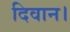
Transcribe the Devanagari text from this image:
दिवान।